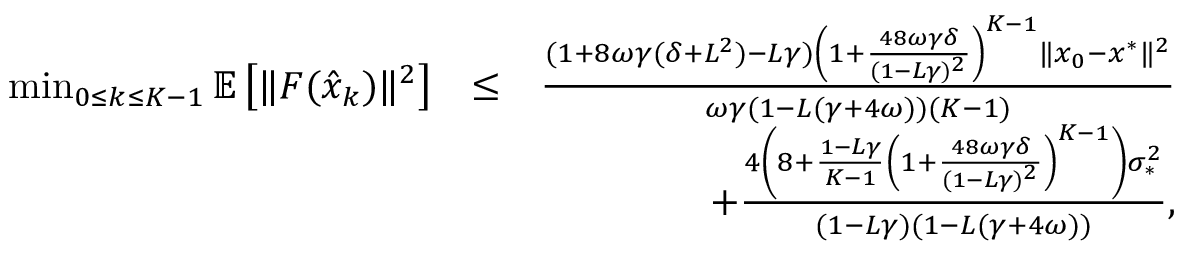
\begin{array} { r l r } { \operatorname* { m i n } _ { 0 \leq k \leq K - 1 } \mathbb { E } \left[ \| F ( \hat { x } _ { k } ) \| ^ { 2 } \right] } & { \leq } & { \frac { ( 1 + 8 \omega \gamma ( \delta + L ^ { 2 } ) - L \gamma ) \left( 1 + \frac { 4 8 \omega \gamma \delta } { ( 1 - L \gamma ) ^ { 2 } } \right) ^ { K - 1 } \| x _ { 0 } - x ^ { * } \| ^ { 2 } } { \omega \gamma ( 1 - L ( \gamma + 4 \omega ) ) ( K - 1 ) } } \\ & { } & { \quad + \frac { 4 \left( 8 + \frac { 1 - L \gamma } { K - 1 } \left( 1 + \frac { 4 8 \omega \gamma \delta } { ( 1 - L \gamma ) ^ { 2 } } \right) ^ { K - 1 } \right) \sigma _ { * } ^ { 2 } } { ( 1 - L \gamma ) ( 1 - L ( \gamma + 4 \omega ) ) } , } \end{array}